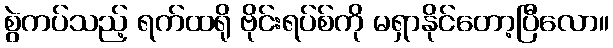
စွဲကပ်သည့် ရက်ထရို ဗိုင်းရပ်စ်ကို မရှာနိုင်တော့ပြီလော။